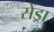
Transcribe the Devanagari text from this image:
सेंड्रा